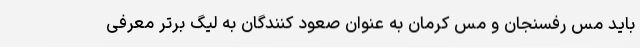
باید مس رفسنجان و مس کرمان به عنوان صعود کنندگان به لیگ برتر معرفی